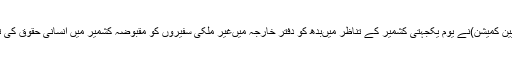
دفتر خارجہ کے ترجمان کے مطابق یہ باتیںایڈیشنل سیکرٹری(یو این و یورپین کمیشن)نے یوم یکجہتی کشمیر کے تناظر میںبدھ کو دفتر خارجہ میںغیر ملکی سفیروں کو مقبوضہ کشمیر میں انسانی حقوق کی تیزی سے بگڑتی ہوئی صورتحال کے حوالے سے بریفنگ دیتے ہوئے کہیں۔